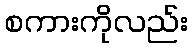
စကားကိုလည်း